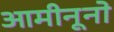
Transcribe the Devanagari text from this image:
आमीनूनो